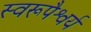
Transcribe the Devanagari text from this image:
स्वरूपैश्वर्य